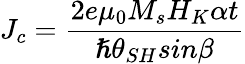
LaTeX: J_{c}=\frac{2e{\mu}_{0}M_{s}H_{K}\alpha t}{\hslash{\theta}_{SH}sin\beta}